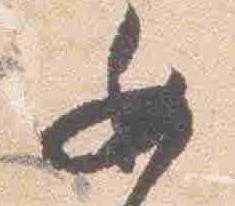
女